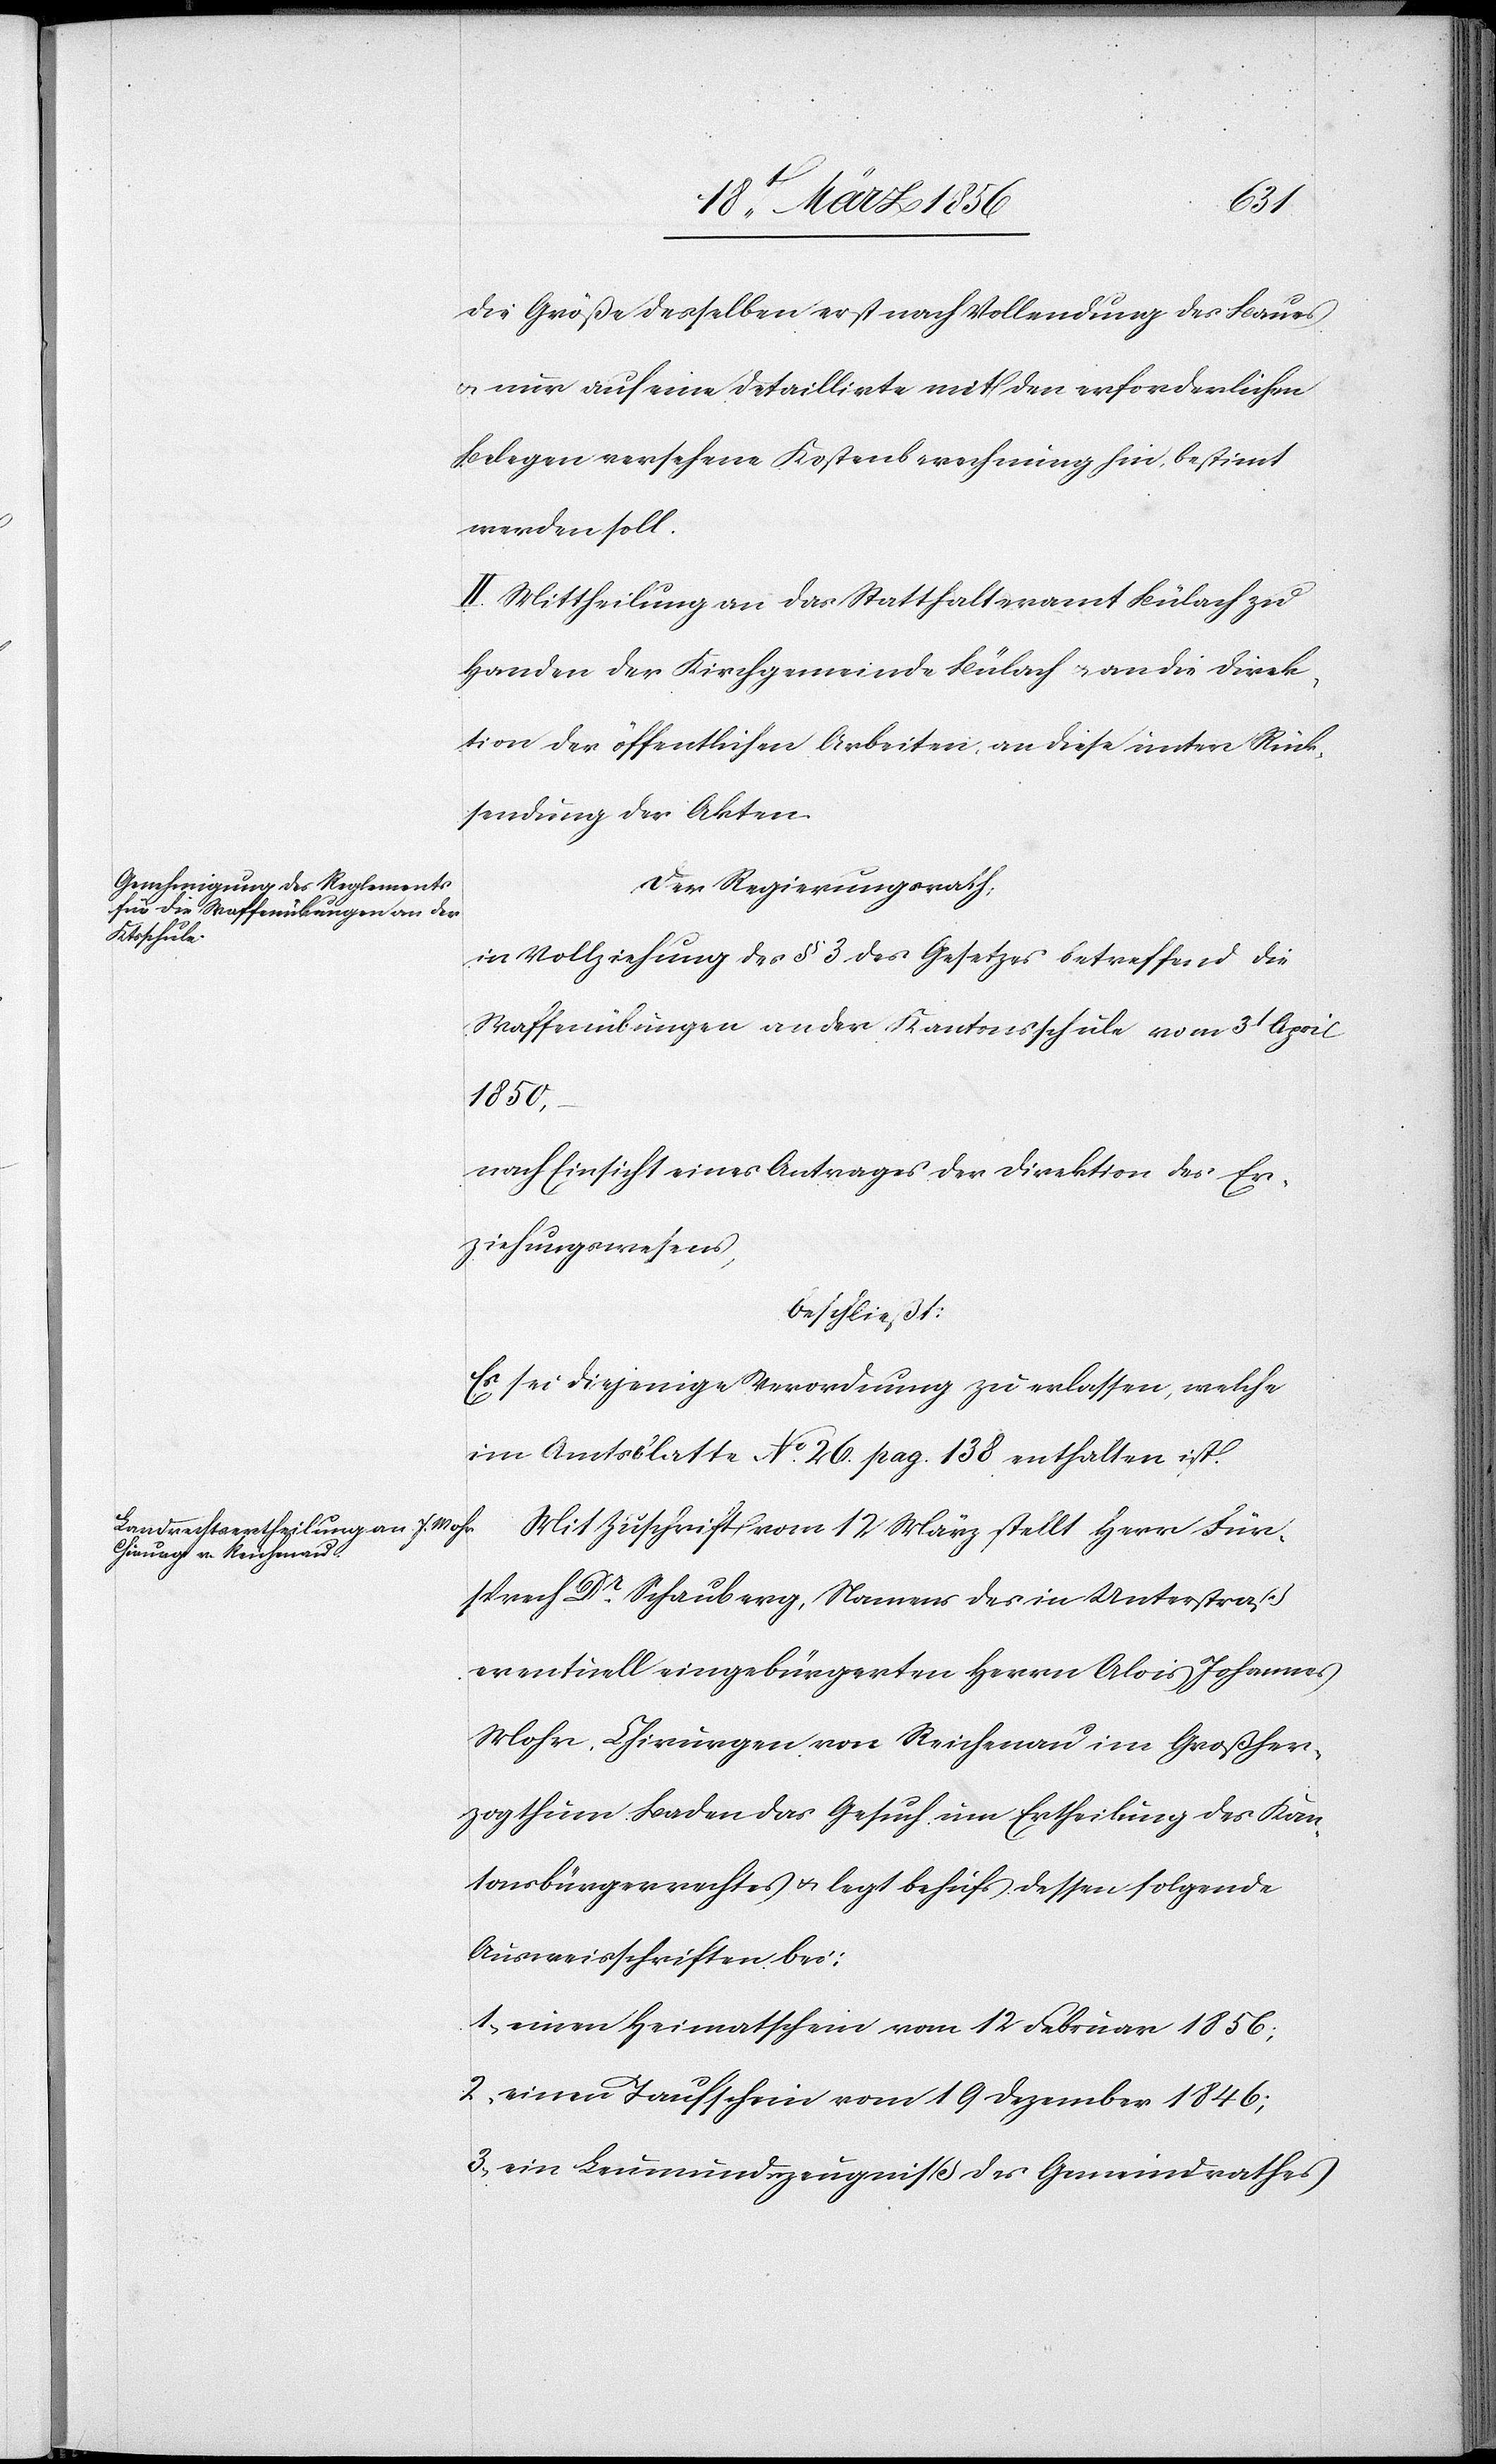
die Größe desselben erst nach Vollendung des Baues
& nur auf eine detaillirte mit den erforderlichen
Belegen versehene Kostenberechnung hin bestimmt
werden soll.
II. Mittheilung an das Statthalteramt Bülach zu
Handen der Kirchgemeinde Bülach & an die Direk¬
tion der öffentlichen Arbeiten, an diese unter Rück¬
sendung der Akten.
Der Regierungsrath;
in Vollziehung des § 3 des Gesetzes betreffend die
Waffenübungen an der Kantonsschule vom 3t April
1850,
nach Einsicht eines Antrages der Direktion des Er¬
ziehungswesens,
beschließt:
Es sei diejenige Verordnung zu erlassen, welche
im Amtsblatte No. 26. pag. 138 enthalten ist.
Mit Zuschrift vom 12 März stellt Herr Für¬
sprech Dr Schauberg, Namens des in Unterstraß
eventuell eingebürgerten Herrn Alois Johannes
Mohr, Chirurgen von Reichenau im Großher¬
zogthum Baden das Gesuch um Ertheilung des Kan¬
tonsbürgerrechtes & legt behufs dessen folgende
Ausweisschriften bei:
1., einen Heimatschein vom 12 Februar 1856;
2, einen Taufschein vom 19 Dezember 1846;
3., ein Leumundszeugniß des Gemeindrathes